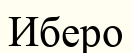
Иберо